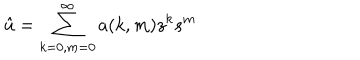
LaTeX: { \hat { u } } = \sum _ { k = 0 , m = 0 } ^ { \infty } a ( k , m ) z ^ { k } s ^ { m }